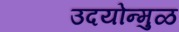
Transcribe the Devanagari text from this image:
उदयोन्मुळ